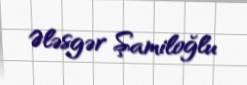
Ələsgər Şamiloğlu